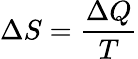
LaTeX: \Delta S={\frac{\Delta Q}{T}}